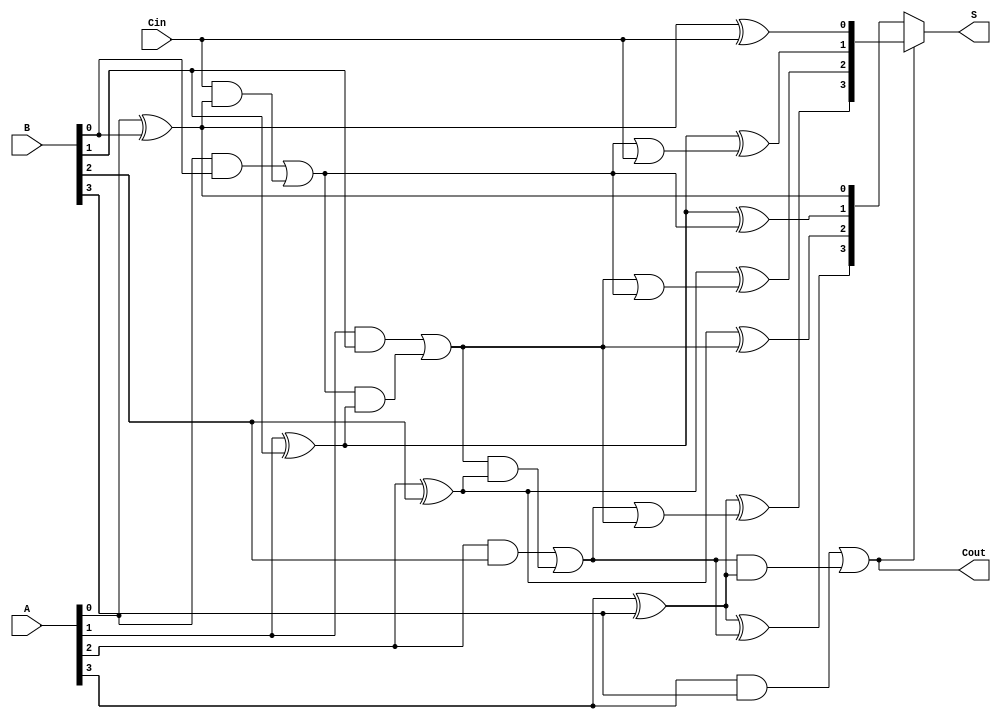
module ConditionalSumAdder #(parameter n = 4) (
    input  [n-1:0] A,      // First n-bit input
    input  [n-1:0] B,      // Second n-bit input
    input          Cin,     // Input carry
    output [n-1:0] S,      // n-bit sum output
    output         Cout     // Carry out
);

    wire [n-1:0] S0;       // Sum without carry propagation
    wire [n-1:0] S1;       // Sum with carry propagation
    wire [n:0] C;          // Carry signals

    // Generate carry signals
    assign C[0] = Cin; // Initial carry input

    genvar i;
    generate
        for (i = 0; i < n; i = i + 1) begin : CSA
            // Half Adder for the least significant bit
            if (i == 0) begin
                assign S0[i] = A[i] ^ B[i]; // S0 for LSB
                assign S1[i] = A[i] ^ B[i] ^ C[i]; // S1 for LSB with Cin
                assign C[i+1] = (A[i] & B[i]) | (C[i] & (A[i] ^ B[i])); // Carry generation
            end else begin
                // Full Adder for the other bits
                assign S0[i] = A[i] ^ B[i] ^ C[i]; // S0 with previous carry
                assign S1[i] = A[i] ^ B[i] ^ (C[i] | C[i-1]); // S1 with carry propagation
                assign C[i+1] = (A[i] & B[i]) | (C[i] & (A[i] ^ B[i])); // Carry generation
            end
        end
    endgenerate

    // Multiplexers to select the final sums based on carry signals
    assign S = (C[n] == 1'b0) ? S0 : S1; // Select S0 or S1 based on the final carry
    assign Cout = C[n]; // Final carry out

endmodule